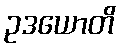
ဥဒယောတိ